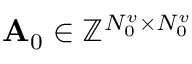
{ \bf A } _ { 0 } \in \mathbb { Z } ^ { N _ { 0 } ^ { v } \times N _ { 0 } ^ { v } }